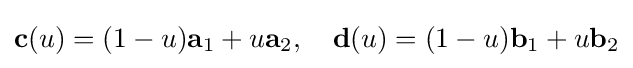
\mathbf {c} (u)=(1-u)\mathbf {a} _{1}+u\mathbf {a} _{2},\quad \mathbf {d} (u)=(1-u)\mathbf {b} _{1}+u\mathbf {b} _{2}